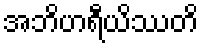
အဘိဟရီယိဿတိ